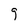
Character: g